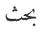
بحث